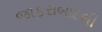
જાફરાબાદથી